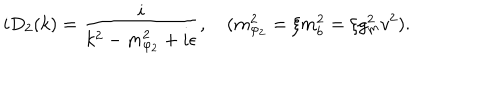
i D _ { 2 } ( k ) = { \frac { i } { k ^ { 2 } - m _ { \varphi _ { 2 } } ^ { 2 } + i \epsilon } } , \quad ( m _ { \varphi _ { 2 } } ^ { 2 } = \xi m _ { b } ^ { 2 } = \xi g _ { m } ^ { 2 } v ^ { 2 } ) .